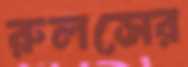
রুলসের